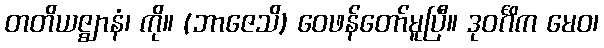
တတိယဇ္ဈာနံ၊ ကို။ (ဘာဇေသိ) ဝေဖန်တော်မူပြီ။ ဒုဝင်္ဂိက မေဝ၊